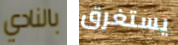
بالنادي يستغرق